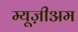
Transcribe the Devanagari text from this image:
म्यूज़ीअम